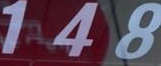
148